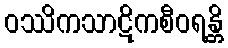
ဝဿိကသာဋိကစီဝရန္တိ